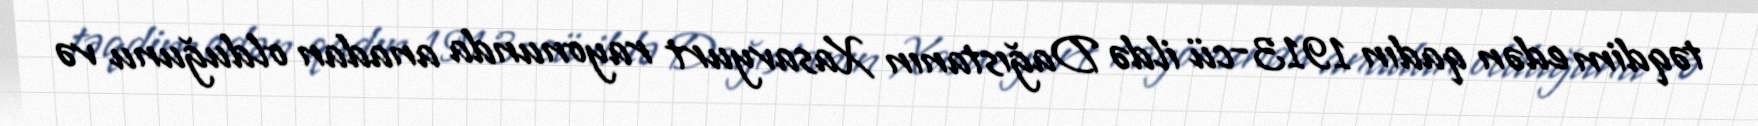
təqdim edən qadın 1913-cü ildə Dağıstanın Xasavyurt rayonunda anadan olduğunu və